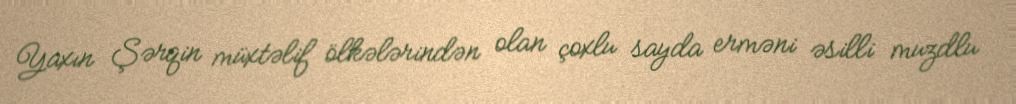
Yaxın Şərqin müxtəlif ölkələrindən olan çoxlu sayda erməni əsilli muzdlu